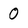
Character: 0